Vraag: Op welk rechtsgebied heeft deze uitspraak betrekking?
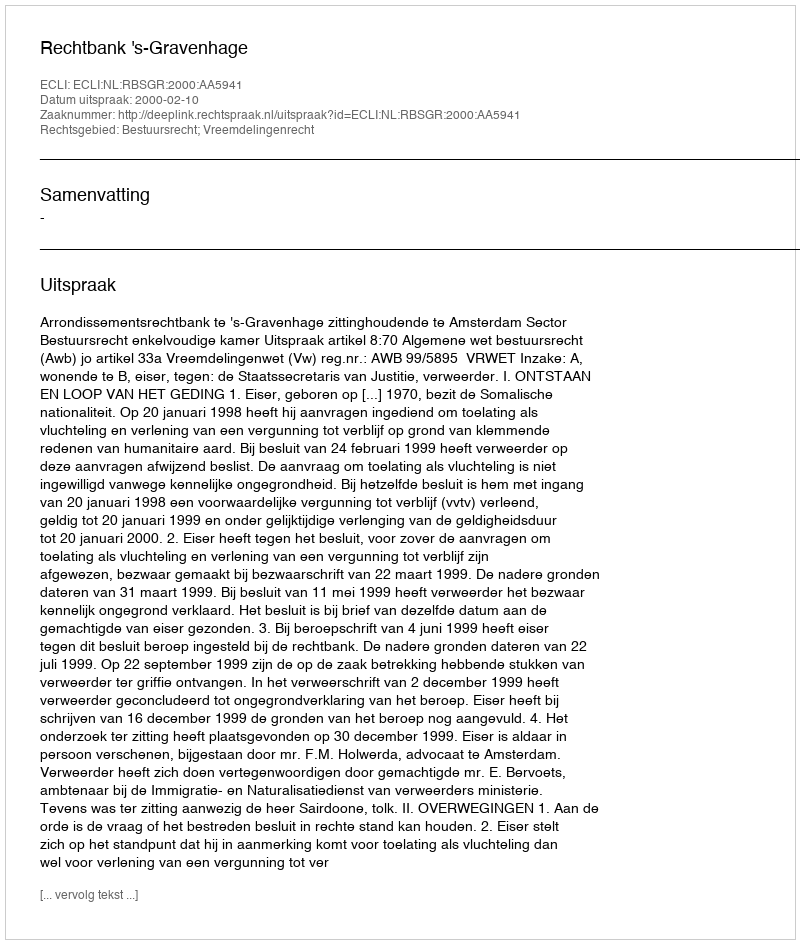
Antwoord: Bestuursrecht; Vreemdelingenrecht